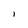
Character: I